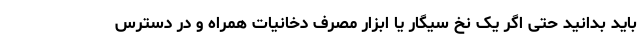
باید بدانید حتی اگر یک نخ سیگار یا ابزار مصرف دخانیات همراه و در دسترس